Vaccination in Bombay 1924-1928 - 1924-1928
Year: 1924
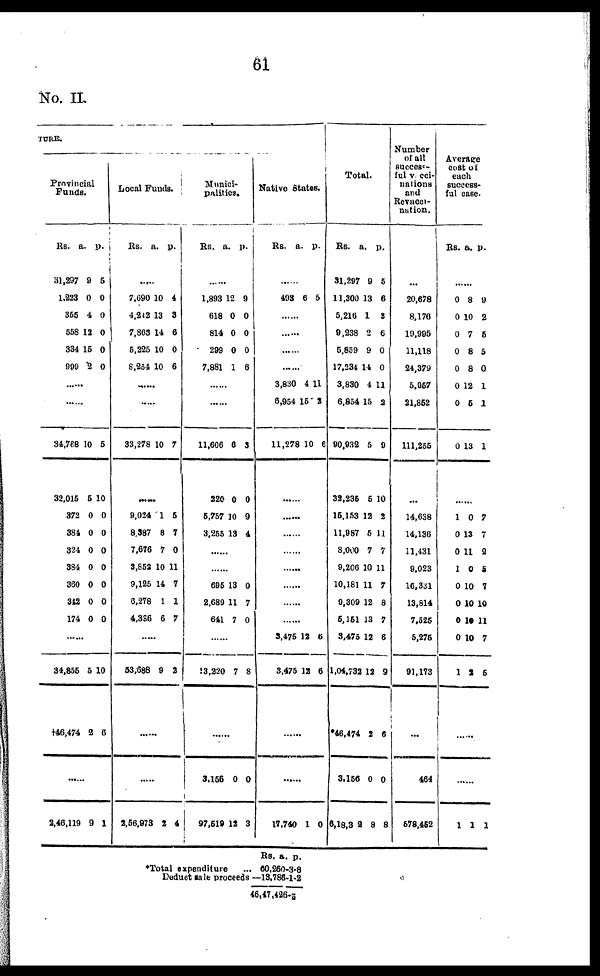
61
No. II
TURE.
Provincial
Funds.
Rs.
31,297
1,223
355
558
334
909
a.
9
0
4
12
15
2
p.
5
0
0
0
0
0
......
......
34,768
32,015
372
384
324
384
360
342
174
10
5
0
0
0
0
0
0
0
5
10
0
0
0
0
0
0
0
......
34,855
†46,474
5
2
10
6
......
2,46,119 9 1
Local Funds.
Rs.
a. p.
......
7,690
4,212
7,863
5,225
8,254
10
13
14
10
10
4
3
6
0
6
......
......
33,278 10 7
......
9,024
8,387
7,676
3,852
9,125
6,278
4,386
1
8
7
10
11
1
6
5
7
0
11
7
1
7
......
53,688 9 2
......
......
2,56,973 2
4
Munici-
palities.
Rs.
a. p.
......
1,893
618
814
299
7,881
12
0
0
0
1
9
0
0
0
6
......
......
11,606
220
5,757
3,255
6
0
10
13
3
0
9
4
......
......
695
2,689
641
13
11
7
0
7
0
......
13,220 7 8
......
3,156
97,519
0
12
0
3
Native States.
Rs.
a. p.
......
493 6 5
......
......
......
......
3,830
6,954
11,278
4
15
10
11
2
6
......
......
......
......
......
......
......
......
3,475
3,475
12
12
6
6
......
......
17,740 1 0
Total.
Rs.
31,297
11,300
5,216
9,238
5,859
17,234
3,830
6,854
90,932
32,235
15,153
11,987
8,000
9,206
10,181
9,309
5,151
3,475
1,04,732
46,474
3,156
6,18,302
a.
9
13
1
2
9
14
4
15
5
5
12
5
7
10
11
12
13
12
12
2
0
8
p.
5
6
3
6
0
0
11
2
9
10
2
11
7
11
7
8
7
6
9
6
0
8
Number
of all
success-
ful vacci-
nations
and
Revacci-
nation.
...
20,678
8,176
19,995
11,118
24,379
5,057
21,852
111,255
...
14,638
14,136
11,431
9,023
16,331
13,814
7,525
5,275
91,173
...
464
578,452
Average
cost of
each
success-
ful case.
Rs. a. p.
......
0
0
0
0
0
0
0
0
8
10
7
8
8
12
5
13
9
2
5
5
0
1
1
1
......
1
0
0
1
0
0
0
0
1
0
13
11
0
10
10
10
10
2
7
7
2
5
7
10
11
7
5
......
......
1 1 1
*Total expenditure ...
Deduct sale proceeds—
Rs.
60,250
13,786
a.
3
1
p.
8
2
46,47,4262